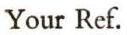
Your Ref.